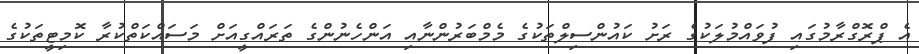
އެ ޕްރޮގްރާމުގައި ފުވައްމުލަކުގެ ރަށު ކައުންސިލްތަކުގެ މެމްބަރުންނާއި އަންހެނުންގެ ތަރައްގީއަށް މަސައްކަތްކުރާ ކޮމިޓީތަކުގެ